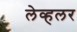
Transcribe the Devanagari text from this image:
लेव्हलर